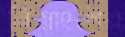
নিম্নাংশের